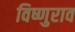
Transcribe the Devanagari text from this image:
विष्णुराव